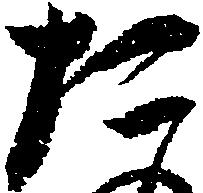
た